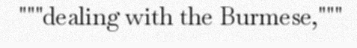
"""dealing with the Burmese,"""